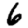
Digit: 6